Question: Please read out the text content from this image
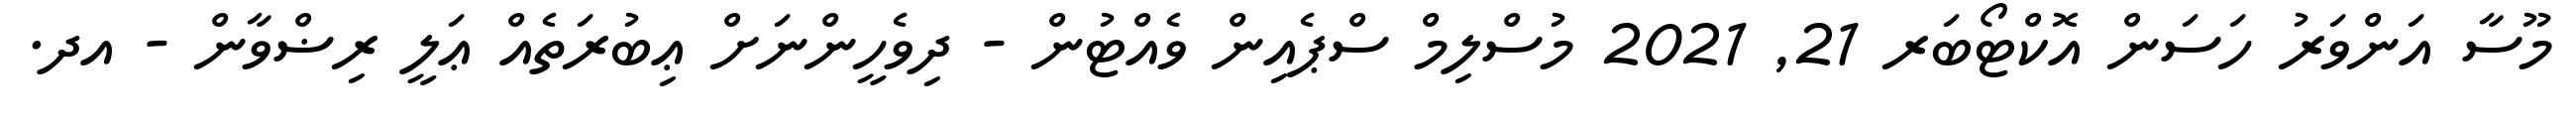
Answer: މޫސާ އަންވަރު ހަސަން އޮކްޓޯބަރ 21, 2021 މުސްލިމް ސްޕެއިން ވެއްޓުން - ދިވެހީންނަށް ޢިބުރަތެއް ޢަލީ ރިޟްވާން - އދ.